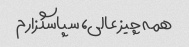
همه چیز عالی، سپاسگزارم